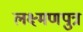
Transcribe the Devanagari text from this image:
लक्ष्मणपुत्र